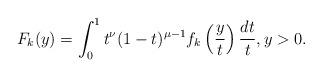
LaTeX: \begin{align*} F_k(y) = \int_0^1 t^{\nu} (1-t)^{\mu-1} f_k \left( \frac{y}{t} \right) \frac{dt}{t}, y > 0. \end{align*}